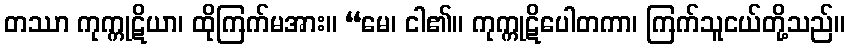
တဿာ ကုက္ကုဋိယာ၊ ထိုကြက်မအား။ “မေ၊ ငါ၏။ ကုက္ကုဋိပေါတကာ၊ ကြက်သူငယ်တို့သည်။